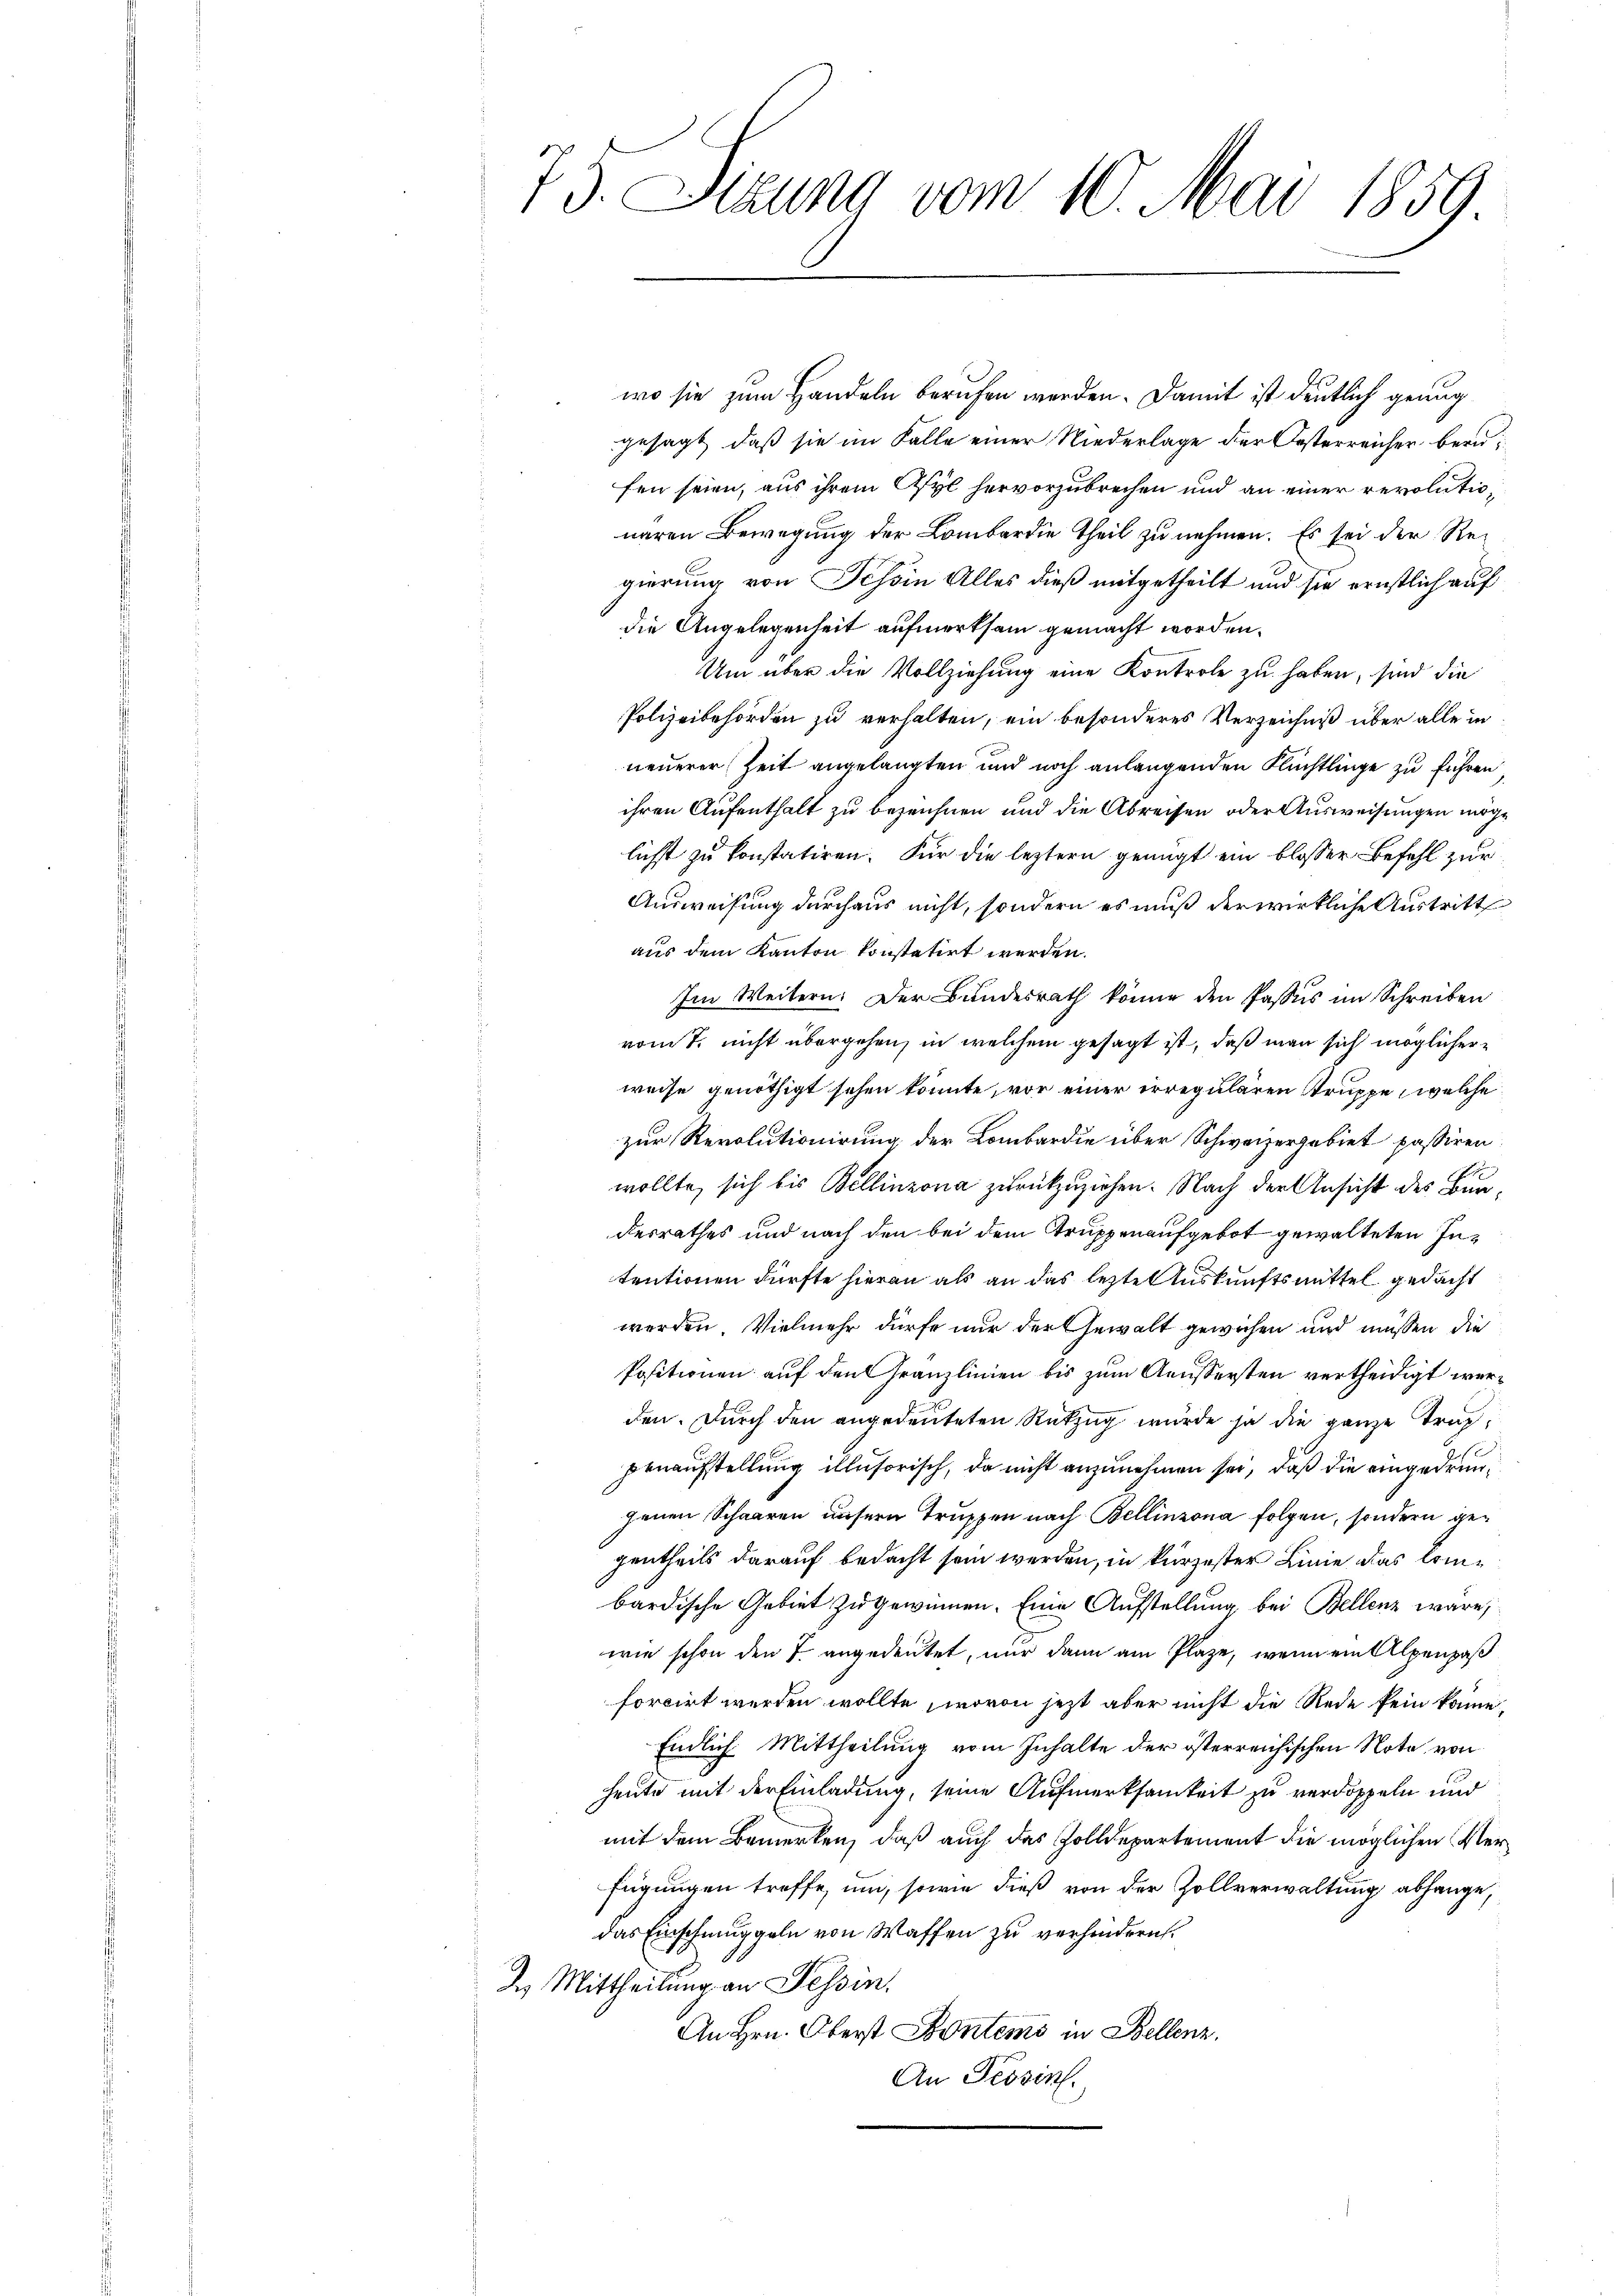
73. Sitzung vom 10. Mai 1859

wo sie zum Handeln berufen werden. Damit ist deutlich genug
gesagt, daß sie im Falle einer Niederlage der Oesterreicher beru
fen seien, aus ihrem Asyl hervorzubrechen und an einer revolutionaren Bewegung der Lombardie theil zu nehmen. Es sei der Regierung von Schon Alles dieß mitgetheilt und sie ernstlich auf
die Angelegenheit aufmerksam gemacht worden.
Um über die Vollziehung eine Kontrole zu haben, sind die
Polizeibehörden zu verhalten, ein besonderes Verzeichniß über alle in
neuerer Zeit angelangten und noch anlangenden Flüchtlinge zu führen
ihren Aufenthalt zu bezeichnen und die Abreisen oder Ausweisungen möglicht zu konstatiren. Für die leztern genügt ein blosser Befehl zur
Ausweisung durchaus nicht, sondern es muß der wirkliche Austritt
aus dem Kanton konstatirt werden.
Im Weitern: Der Bundesrath könne den Passus im Schreiben
vom 7. nicht übergehen, in welchem gesagt ist, daß man sich möglicherweise genöthigt sehen könnte, vor einer irregulären Truppe, welche
zur Revolutionirung der Lombardie über Schweizergebiet passiren
wollte, sich bis Bellinzona zurückzuziehen. Nach der Ansicht des Bundesrathes und nach den bei dem Truppenaufgebot gewalteten Intentionen dürfte hieran als an das lezte Auskunftsmittel gedacht
werden. Vielmehr dürfe nur der Gewalt gewichen und müssen die
Positionen auf den Granzlinien bis zum Aeussersten vertheidigt werden. Durch den angedeuteten Rükzug wurde ja die ganze Trag¬
Eruaufstellung illusorisch, da nicht anzunehmen sei, daß die eingedrungenen Schaaren unsern Truppen nach Bellinzona folgen, sondern gegentheils darauf bedacht sein werden, in kürzester Linie das Combardische Gebiet zu gewinnen. Eine Aufstellung bei Bellenz wäre,
wie schon den 7 angedeutet, nur dann am Plaze, wenn ein Alpenpaß
forcirt werden wollte, wovon jetzt aber nicht die Rede kein könne,
Endlich Mittheilung vom Inhalte der österreichischen Note von
heute mit der Einladung, seine Aufmerksamkeit zu verdoppeln und
mit dem Bemerken, daß auch das Zolldepartement die möglichen Verfügungen treffe, um, sowie dieß von der Zollverwaltung abhange,
das Einschmuggeln von Waffen zu verhindern.
2 Mittheilung an Tessin.
An Hrn. Oberst Kontems in Bellenz,
An Tessin.